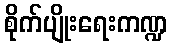
စိုက်ပျိုးရေးကဏ္ဍ